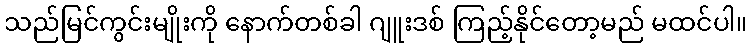
သည်မြင်ကွင်းမျိုးကို နောက်တစ်ခါ ဂျူးဒစ် ကြည့်နိုင်တော့မည် မထင်ပါ။